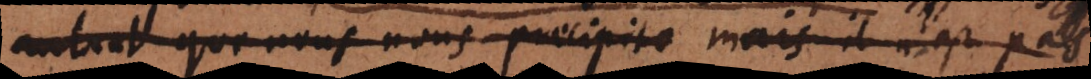
autant que nous nous precipito il n’est pas